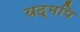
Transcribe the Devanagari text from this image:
यद्मपि